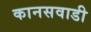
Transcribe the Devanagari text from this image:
कानसवाडी